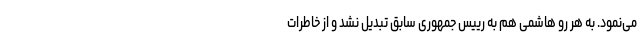
می‌نمود. به هر رو هاشمی هم به رییس جمهوری سابق تبدیل نشد و از خاطرات